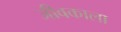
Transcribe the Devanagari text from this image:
जीवकाला